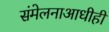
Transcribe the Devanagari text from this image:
संमेलनाआधीही